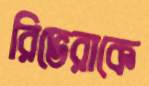
রিভেরাকে